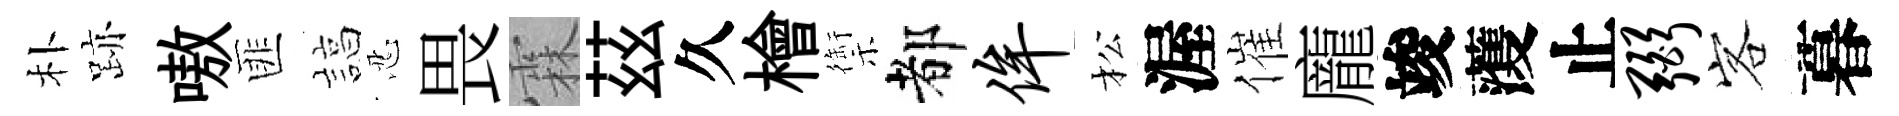
朴跡嗷匪諄忍畏霖茲久檜禦都侔松渥催龐竣𮑮止弼客暮